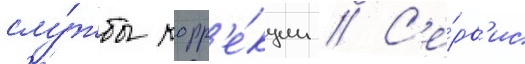
слу́жбы корр'е́кции // С'е́рв'ис